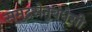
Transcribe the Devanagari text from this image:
समुद्रसेतुबंधेसी